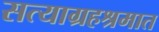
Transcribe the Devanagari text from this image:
सत्याग्रहश्रमात